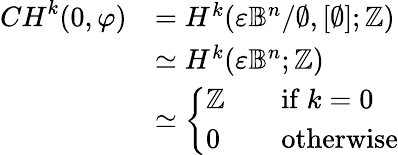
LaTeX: \begin{array}{rl}{{CH}^{k}(0,\varphi)}&{=H^{k}(\varepsilon\mathbb{B}^{n}/\emptyset,[\emptyset];\mathbb{Z})}\\ &{\simeq H^{k}(\varepsilon\mathbb{B}^{n};\mathbb{Z})}\\ &{\simeq\left\{ \begin{array}{ll}{\mathbb{Z}\quad}&{\mathrm{if~}k=0}\\ {0\quad}&{\mathrm{otherwise}}\end{array}\right.}\end{array}